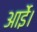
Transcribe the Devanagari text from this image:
आईे।